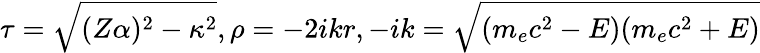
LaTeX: \tau=\sqrt{(Z\alpha)^{2}-\kappa^{2}},\rho=-2ikr,-ik=\sqrt{(m_{e}c^{2}-E)(m_{e}c^{2}+E)}